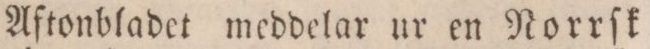
Aftonbladet meddelar ur en Norrſk